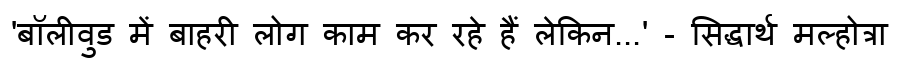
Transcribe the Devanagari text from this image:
'बॉलीवुड में बाहरी लोग काम कर रहे हैं लेकिन...' - सिद्धार्थ मल्होत्रा